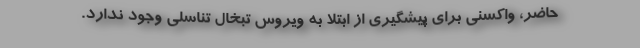
حاضر، واکسنی برای پیشگیری از ابتلا به ویروس تبخال تناسلی وجود ندارد.